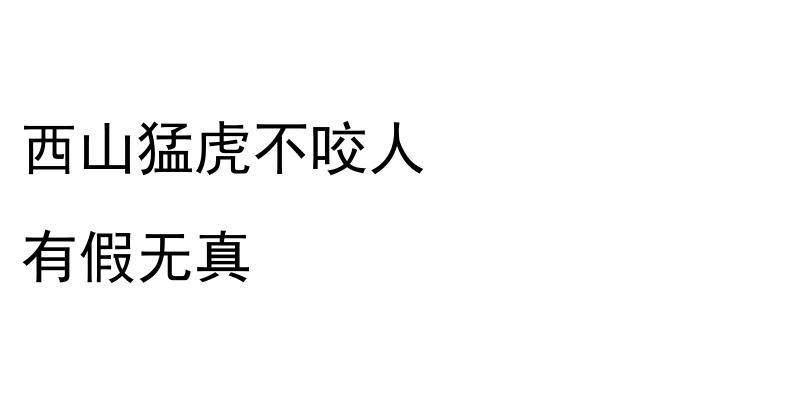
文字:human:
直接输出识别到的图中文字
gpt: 西山猛虎不咬人 有假无真